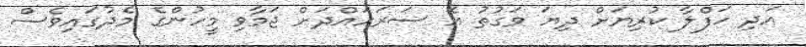
އަދި ހަފްލާ ކުރިޔަށް ދިޔަ ވަގުތު އެ ސަރަހައްދަށް ޖަމާވި މީހުންގެ މެދުގައިވެސް